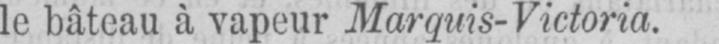
le bateau à vapeur Marquis-Victoria.